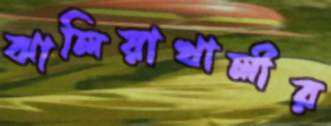
ঝালিয়াখালীর